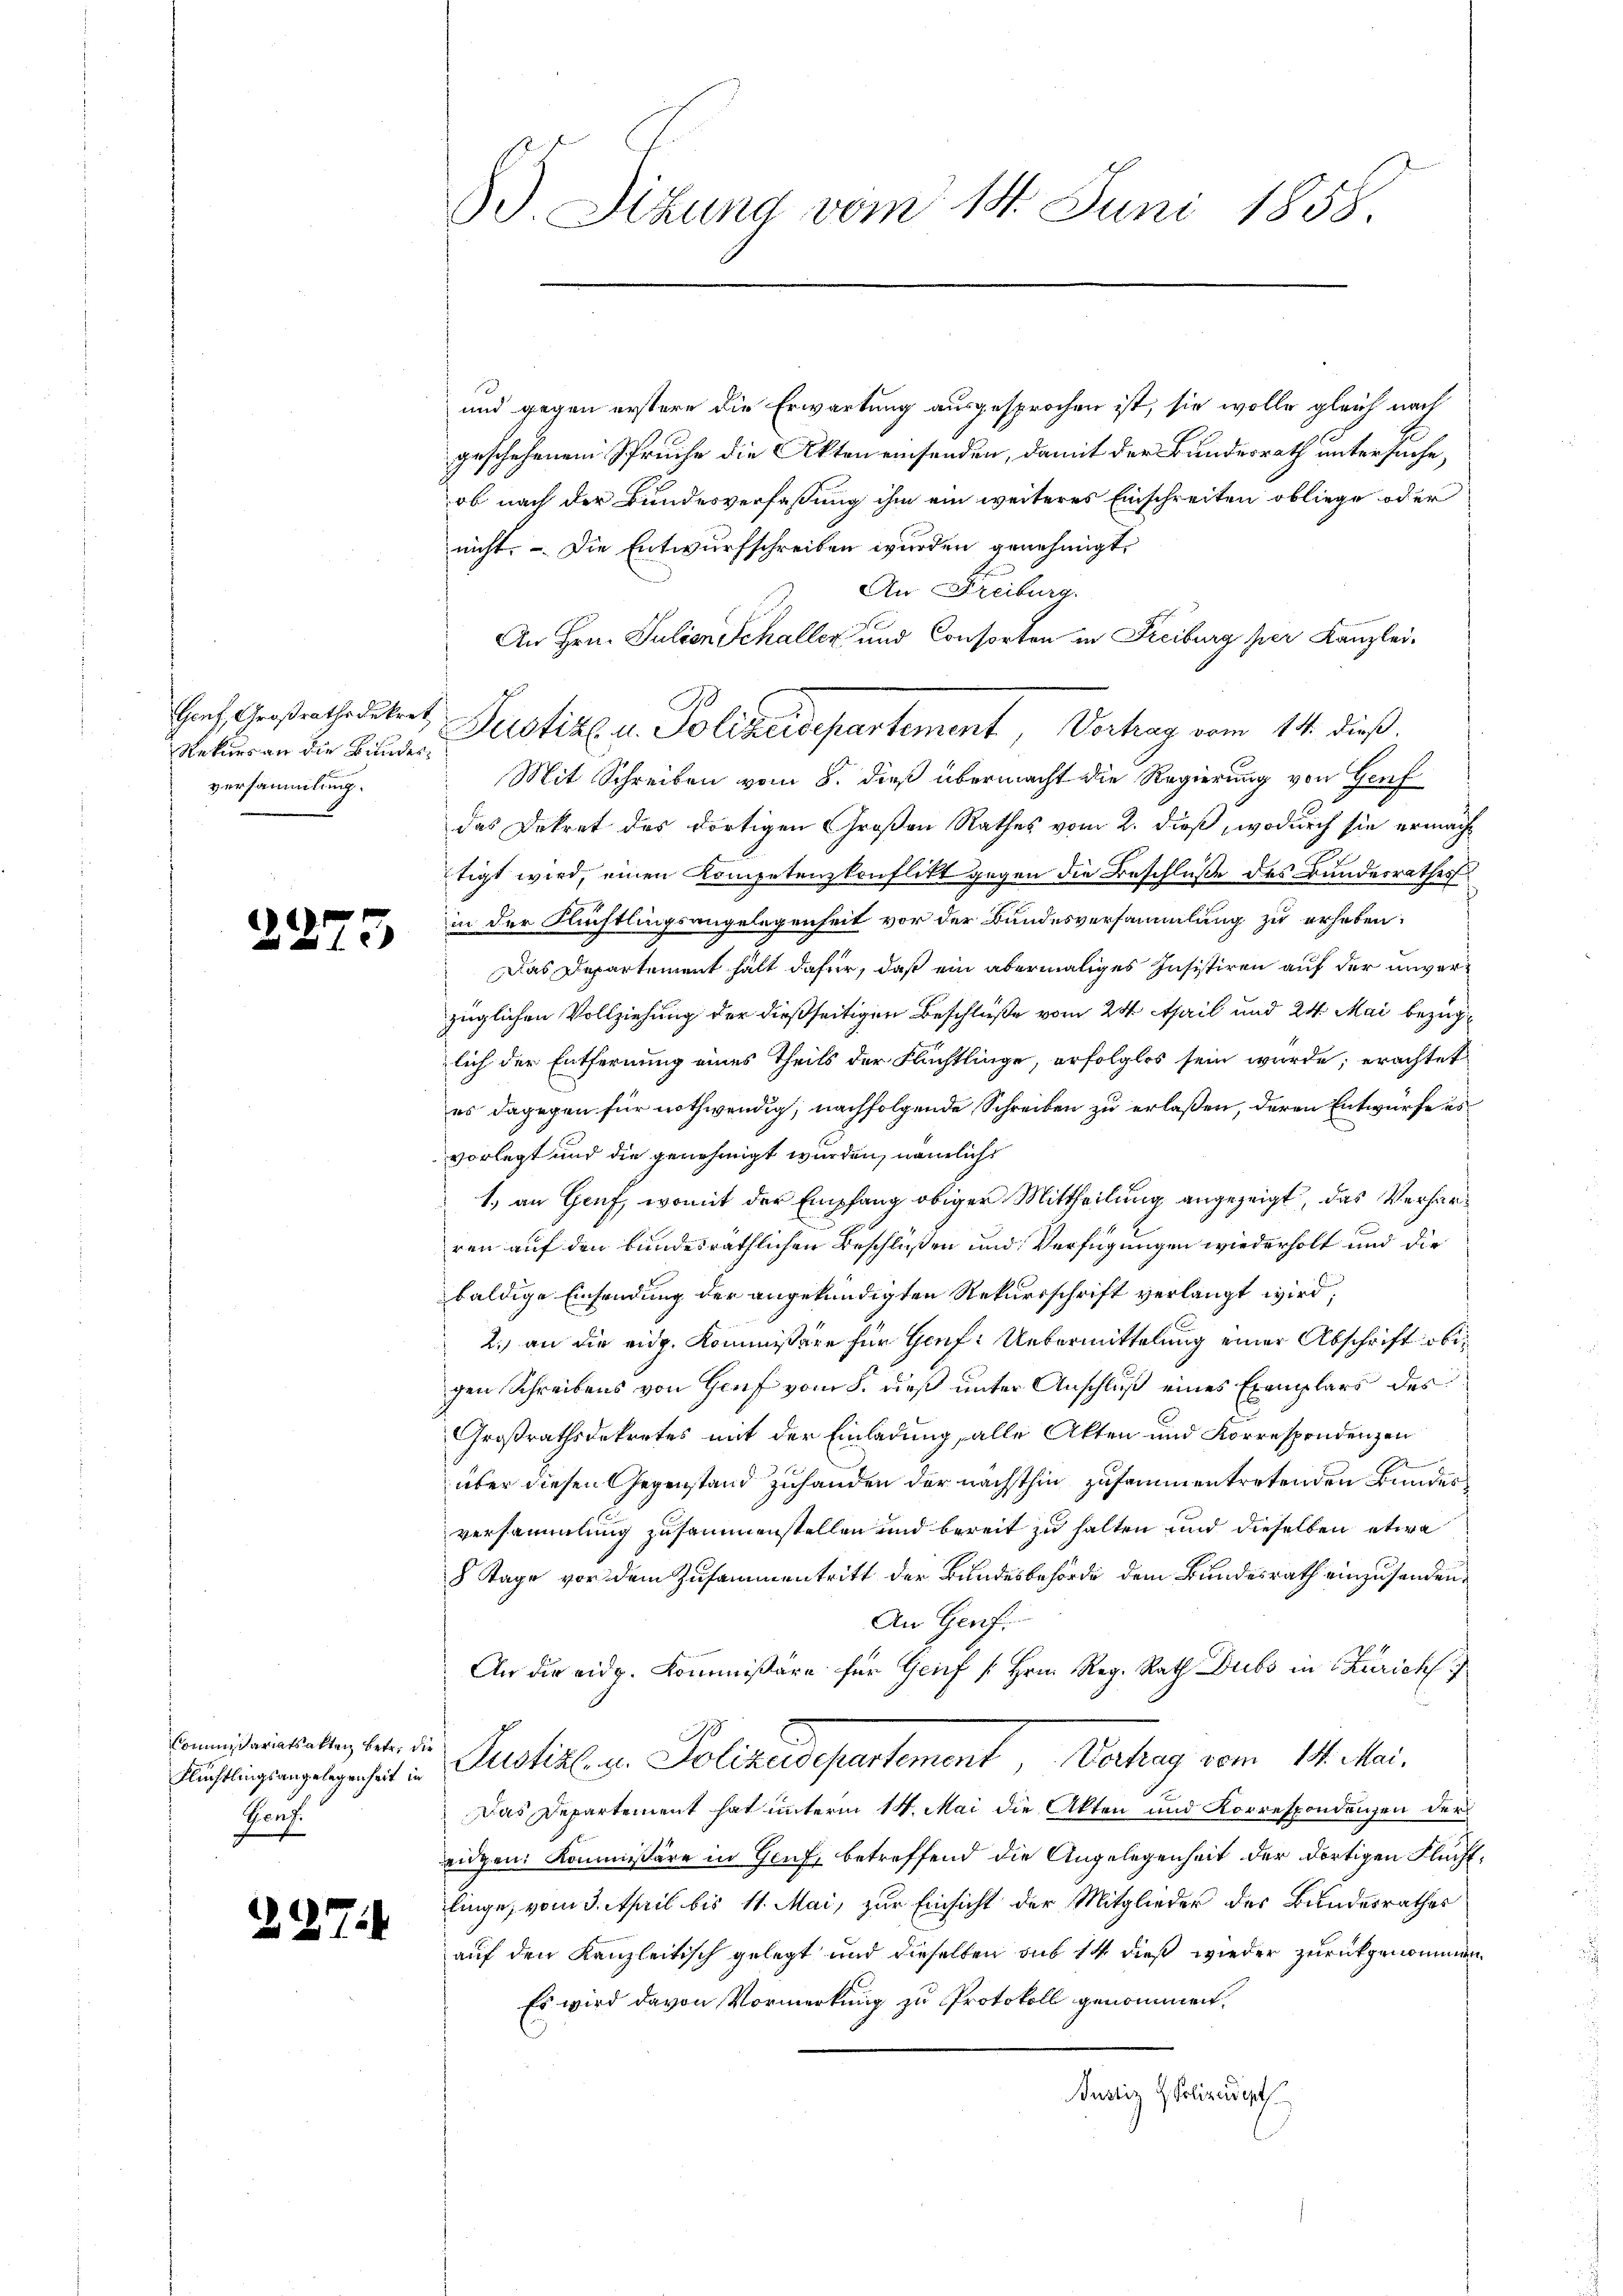
Genf, Großrathsdekret
Rekurs an die Bundesversammlung.

22

Commißariatsakten betr. die
Flüchtlingsangelegenheit in
Banz.

24

3

2

d. Sitzung vom 14. Juni 1858.

und gegen erstere die Erwartung ausgesprochen ist, sie wolle gleich nach
geschehenen Spruche die Akten einsenden, damit der Bundesrath untersuche,
ob nach der Bundesverfassung ihm ein weiteres Einschreiten obliege oder
nicht. - Die Entwurfschreiben wurden genehmigt.
An Freiburg.
An Hrn. Julien Schaller und Consorten in Freiburg per Kanzlei-
Justiz u. Polizeisepartement, Vortrag vom 14. dieß,
Mit Schreiben vom 8. dieß übermacht die Regierung von Genf
das Dekret des dortigen Großen Rathes vom 2. dieß, wodurch sie ermächtigt wird, einen Kompetenzkonflikt gegen die Beschluße des Bundesrathes
in der Richtlingsangelegenheit vor der Bundesversammlung zu erhaben.
Das Departement hält dafür, daß ein abermaliges Insistiren auf der unverzüglichen Vollziehung der dießseitigen Beschluße vom 24. April und 24. Mai bezuglich der Entfernung eines Theils der Flüchtlinge, erfolglos sein würde; erachtet
es dagegen für nothwendig, nachfolgende Schreiben zu erlaßen, deren Entwurfe es
vorlegt und die genehmigt wurden, nämlichs
1.) an Genf, womit der Empfang obiger Mittheilung angezeigt, das Verharren auf den bundesräthlichen Beschlüßen und Verfügungen wiederholt und die
baldige Einsendung der angekündigten Rekurrschrift verlangt wird,
2.) an die eidg. Kommissäre für Genf: Uebermittelung einer Abschrift obigen Schreibens von Genf vom 5. dieß unter Anschluß eines Exemplars des
Großrathsdekretes mit der Einladung, alle Akten und Korrespendenzen
über diesen Gegenstand zuhanden der nächsthin zusammentretenden Bundesversammlung zusammenstellen und bereit zu halten und dieselben etwa
8 Tage vor dem Zusammentritt der Bundesbehörde dem Bundesrath einzusenden,
An Genf.
An die eidg. Kommissäre für Genf [Hrn. Reg. Rath Dubs in Zürich
Justiz u. Polizabeurtement, Barthey vom 14. Mai.
Das Departement hat unterm 14. Mai die Akten und Korrespondenzen der
eidgen. Kommissäre in Genf betreffend die Angelegenheit der dortigen Fluchtlinge, vom 3. April bis 11. Mai, zur Einsicht der Mitglieder des Bundesrathes
auf den Kanzleitisch gelegt und dieselben sub 14 dieß wieder zurückgenommen
Es wird davon Vormerkung zu Protokoll genommen.
Justiz & Polizeidigt